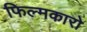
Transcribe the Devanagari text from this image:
फिल्मकारो